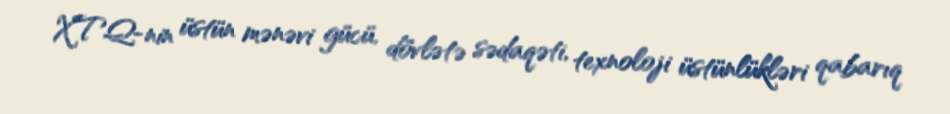
XTQ-nin üstün mənəvi gücü, dövlətə sədaqəti, texnoloji üstünlükləri qabarıq